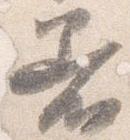
着